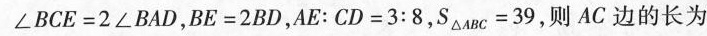
$$\angle B C E = 2 \angle B A D$$，$$B E = 2 B D$$，$$A E : C D = 3 : 8$$，$$S_{\bigtriangleup ABC} = 3 9$$，则AC边的长为